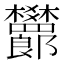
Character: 𬅙